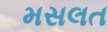
મસલત